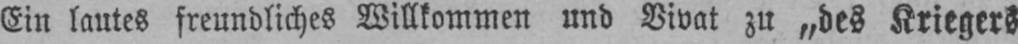
Ein lautes freundliches Willkommen und Vivat zu „des Kriegers